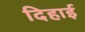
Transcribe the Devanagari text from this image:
दिहाई